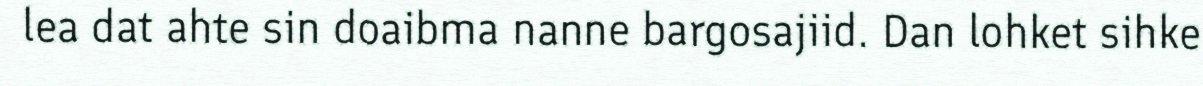
lea dat ahte sin doaibma nanne bargosajiid. Dan lohket sihke